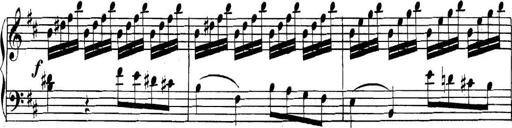
Title: Collected Piano Sonatas
Composer: Muzio Clementi